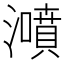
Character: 𤂫